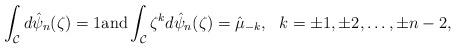
LaTeX: \begin{align*} \int_{\mathcal{C}} d \hat{\psi}_{n}(\zeta) = 1 \mbox{and} \int_{\mathcal{C}} \zeta^{k} d \hat{\psi}_{n}(\zeta) = \hat{\mu}_{-k}, \ \ k =\pm1,\pm2, \ldots, \pm n-2,\end{align*}